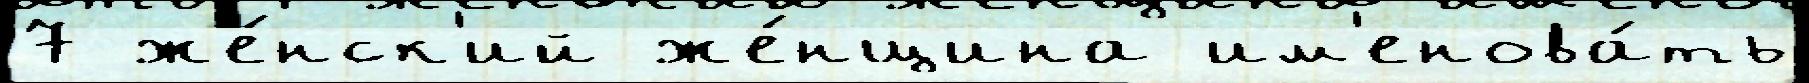
7 же́нск'ий же́нщина им'енова́ть